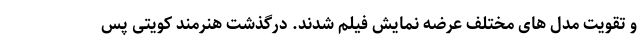
و تقویت مدل های مختلف عرضه نمایش فیلم شدند. درگذشت هنرمند کویتی پس